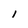
Character: l